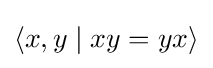
\langle x,y\mid xy=yx\rangle